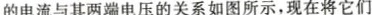
电流与其两端电压的关系如图所示，现在将它们